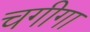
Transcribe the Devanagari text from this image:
चगीगा